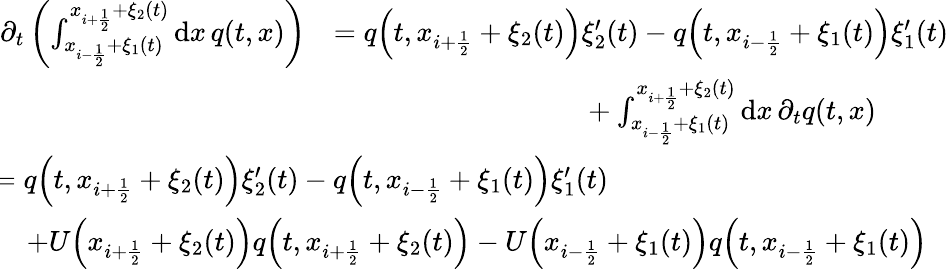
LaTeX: \begin{array}{rl}{\partial_{t}\left(\int_{x_{i-\frac 12}+\xi_{1}(t)}^{x_{i+\frac 12}+\xi_{2}(t)}\mathrm{d}x\, q(t,x)\right)}&{=q\Big(t,x_{i+\frac 12}+\xi_{2}(t)\Big)\xi_{2}^{\prime}(t)-q\Big(t,x_{i-\frac 12}+\xi_{1}(t)\Big)\xi_{1}^{\prime}(t)}\\ &{\phantom{mmmmmmmmmm}+\int_{x_{i-\frac 12}+\xi_{1}(t)}^{x_{i+\frac 12}+\xi_{2}(t)}\mathrm{d}x\, \partial_{t}q(t,x)}\\ &{\! \! \! \! \! \! \! \! \! \! \! \! \! \! \! \! \! \! \! \! \! \! \! \! \! \! \! \! \! \! \! \! \! \! \! \! \! \! \! \! \! \! \! \! \! \! \! \! \! \! \! \! \! \! \! \! \! \! \! \! \! \! \! \! \! \! \! \! \! \! \! \! =q\Big(t,x_{i+\frac 12}+\xi_{2}(t)\Big)\xi_{2}^{\prime}(t)-q\Big(t,x_{i-\frac 12}+\xi_{1}(t)\Big)\xi_{1}^{\prime}(t)}\\ &{\! \! \! \! \! \! \! \! \! \! \! \! \! \! \! \! \! \! \! \! \! \! \! \! \! \! \! \! \! \! \! \! \! \! \! \! \! \! \! \! \! \! \! \! \! \! \! \! \! \! \! \! \! \! \! \! \! \! \! \! \! \! \! \! \! +U\Big(x_{i+\frac 12}+\xi_{2}(t)\Big)q\Big(t,x_{i+\frac 12}+\xi_{2}(t)\Big)-U\Big(x_{i-\frac 12}+\xi_{1}(t)\Big)q\Big(t,x_{i-\frac 12}+\xi_{1}(t)\Big)}\end{array}